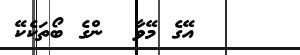
٦٥     އޭގެ މޭވާ  ންގެ ބޯތަކެކޭ